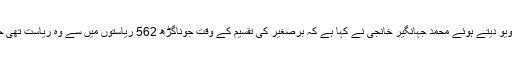
آن لائن نیوز ویب سائٹ “سٹیٹ ویوزڈاٹ پی کے“کو خصوصی انٹرویو دیتے ہوئے محمد جہانگیر خانجی نے کہا ہے کہ برصغیر کی تقسیم کے وقت جوناگڑھ 562 ریاستوں میں سے وہ ریاست تھی جو مسلمان ریاستوں میں امیری کے لحاظ سے دوسرے نمبر پر تھی۔